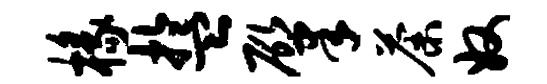
椽盂肇荼奴